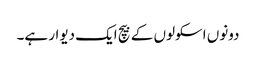
دونوں اسکولوں کے بیچ ایک دیوار ہے۔